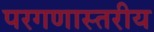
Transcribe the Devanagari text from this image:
परगणास्तरीय